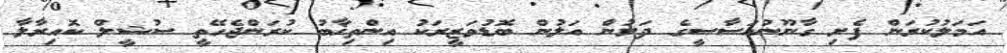
އަމަލުކުރަން ފެށި ގާނޫނުއަސާސީގެ ދަށުން އަލުން ބޮޑުވަޒީރަކު އިންތިޚާބު ކުރަންޖެހޭތީ ސުޝީލް ކޮއިރާލާ